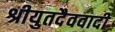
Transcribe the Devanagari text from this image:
श्रीयुतदैववादी